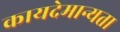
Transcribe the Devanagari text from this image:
कायदेमान्यता